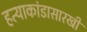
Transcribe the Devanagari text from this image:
हत्याकांडासारखी